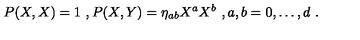
P ( X , X ) = 1 \ , P ( X , Y ) = \eta _ { a b } X ^ { a } X ^ { b } \ , a , b = 0 , \dots , d \ .